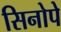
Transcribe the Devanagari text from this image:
सिनोपे